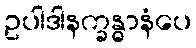
ဥပါဒါနက္ခန္ဓာနံပေ